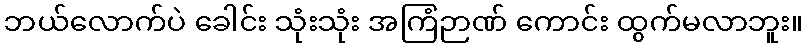
ဘယ်လောက်ပဲ ခေါင်း သုံးသုံး အကြံဉာဏ် ကောင်း ထွက်မလာဘူး။